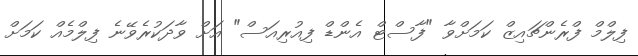
ފިލްމް ފްރެންޗައިޒް ކަމަށްވާ "ފާސްޓް އެންޑް ފިއުރިއަސް" އަށް ވާދަކުރެވޭނެ ފިލްމެއް ކަމަށް